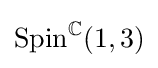
\operatorname {Spin} ^{\mathbb {C} }(1,3)